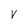
Character: V